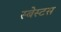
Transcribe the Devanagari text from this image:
स्बेस्टस